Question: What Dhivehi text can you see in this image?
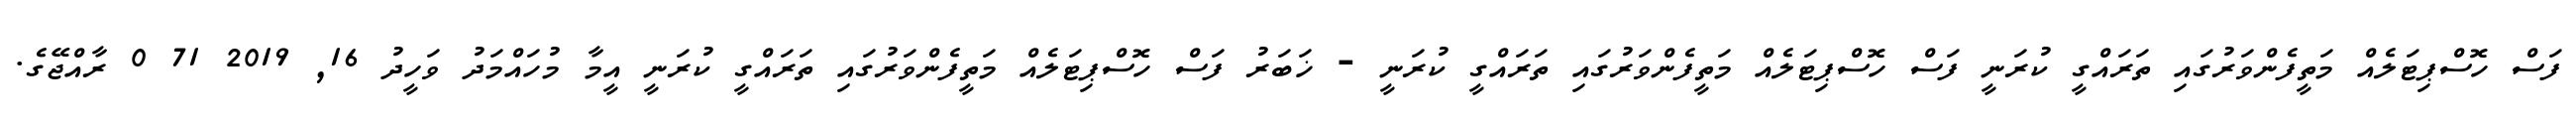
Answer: ފަސް ހޮސްޕިޓަލެއް މަތީފެންވަރުގައި ތަރައްގީ ކުރަނީ ފަސް ހޮސްޕިޓަލެއް މަތީފެންވަރުގައި ތަރައްގީ ކުރަނީ - ޚަބަރު ފަސް ހޮސްޕިޓަލެއް މަތީފެންވަރުގައި ތަރައްގީ ކުރަނީ އީމާ މުހައްމަދު ވަހީދު 16, 2019 71 0 ރާއްޖޭގެ.